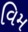
વિમ